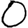
Digit: 0